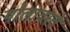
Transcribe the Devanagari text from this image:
गोलावरचे